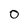
Character: O